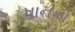
પાનનો